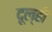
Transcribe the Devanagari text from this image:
दूल्ही